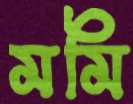
মমি